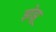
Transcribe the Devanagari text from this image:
झोझू